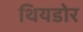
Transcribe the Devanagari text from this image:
थियडोर